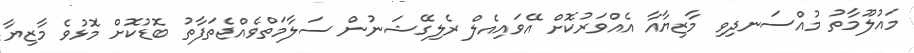
މައުލޫމާތު މުއްސަނދިވި މާޒިޔާއާ އެއްވަރުކޮށް އޭވައިއެލް ރެލިގޭޝަނުން ސަލާމަތްވެއްޖެތަފާތު ބޮޑުކޮށް މޮޅުވެ މާޒިޔާ